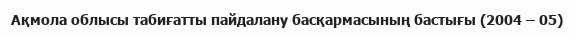
Ақмола облысы табиғатты пайдалану басқармасының бастығы (2004 – 05)